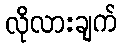
လိုလားချက်